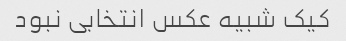
کیک شبیه عکس انتخابی نبود